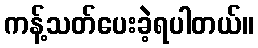
ကန့်သတ်ပေးခဲ့ရပါတယ်။